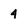
Character: 4